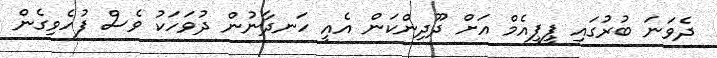
ދެވަނަ ބުރުގައި ޕީޕީއެމް އަށް ދޫދިންކަން އެއީ ހަނދާނުން ދުވަހަކު ވެސް ފުހެވިގެން